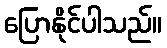
ပြောနိုင်ပါသည်။